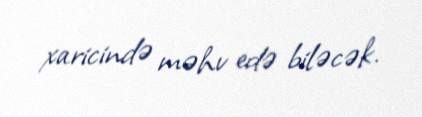
xaricində məhv edə biləcək.